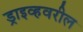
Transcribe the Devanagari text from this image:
ड्राइव्हवरील